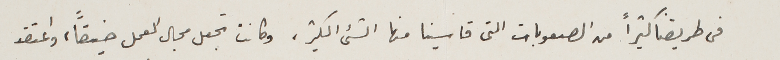
فى طريقنا كثيراً من الصعوبات التى قاسينا منها الشئ الكثير، وكانت تجعل مجال العمل ضيقاً، واعتقد